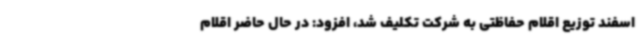
اسفند توزیع اقلام حفاظتی به شرکت تکلیف شد، افزود: در حال حاضر اقلام